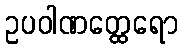
ဥပဝါဏတ္ထေရော